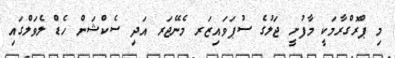
މި ޕްރޮގްރާމަކީ މާފުށީ ޖަލުގެ ސުޕަވައިޒަރ މެނޭޖަރ އަދި ސެކްޝަން ހެޑް ލެވަލްގައި